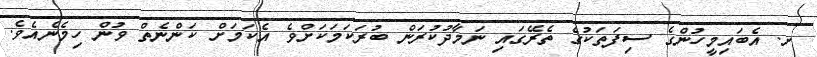
ށ. އެބައިމީހުންގެ ސިފަތަކުގެ ތެރޭގައި ނަމާދުކުރަން ބުރަކަމަކަށްވެ އެކަމަށް ކަންނެތް ވުން ހިމެނެއެވެ.